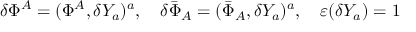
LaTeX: \delta \Phi ^ { A } = ( \Phi ^ { A } , \delta Y _ { a } ) ^ { a } , \quad \delta \bar { \Phi } _ { A } = ( \bar { \Phi } _ { A } , \delta Y _ { a } ) ^ { a } , \quad \varepsilon ( \delta Y _ { a } ) = 1